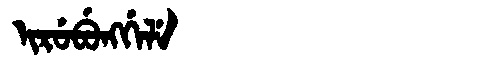
Manchu: ᡳᡵᡠᠪᡠᠩᡤᡝᠯᡝ
Romanization: IRUBUNGGELE